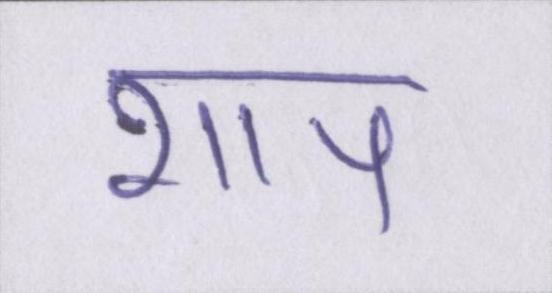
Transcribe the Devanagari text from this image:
शाप